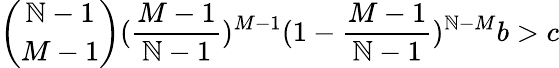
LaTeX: \binom{\mathbb{N}-1}{M-1}(\frac{{M-1}}{{\mathbb{N}-1}})^{M-1}(1-\frac{{M-1}}{{\mathbb{N}-1}})^{\mathbb{N}-M}b>c